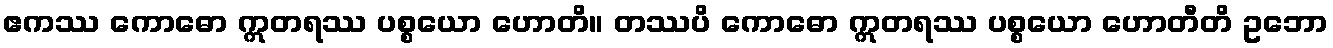
ဧကဿ ကောဓော ဣတရဿ ပစ္စယော ဟောတိ။ တဿပိ ကောဓော ဣတရဿ ပစ္စယော ဟောတီတိ ဥဘော